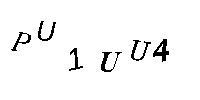
PU1UU4